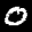
Label: 0